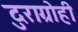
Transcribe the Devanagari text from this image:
दुराग्रोही